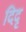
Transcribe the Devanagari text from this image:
दिदृ